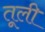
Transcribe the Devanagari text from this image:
तूली